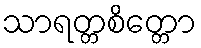
သာရတ္တစိတ္တော